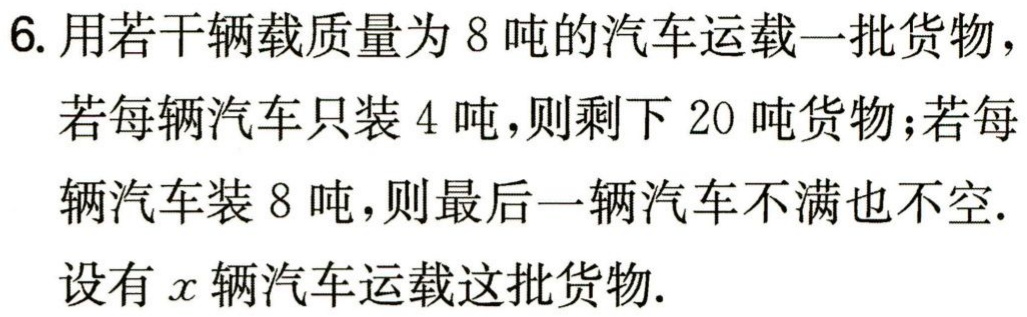
6. 用若干辆载质量为 8 吨的汽车运载一批货物，

若每辆汽车只装 4 吨，则剩下 20 吨货物；若每

辆汽车装 8 吨，则最后一辆汽车不满也不空.

设有\(x\)辆汽车运载这批货物.